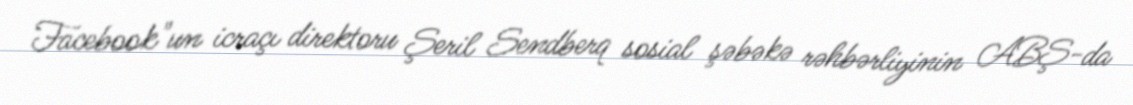
Facebook"un icraçı direktoru Şeril Sendberq sosial şəbəkə rəhbərliyinin ABŞ-da